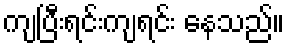
ကျပြီးရင်းကျရင်း နေသည်။